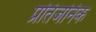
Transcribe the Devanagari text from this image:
प्रतिजनिक